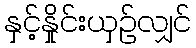
နှင့်နှိုင်းယှဉ်လျှင်